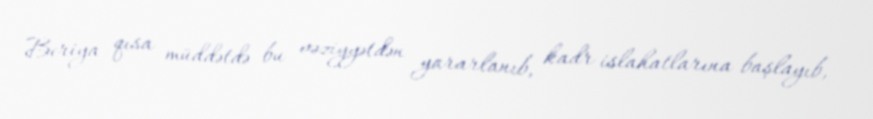
Beriya qısa müddətdə bu vəziyyətdən yararlanıb, kadr islahatlarına başlayıb,